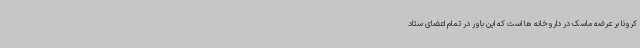
کرونا بر عرضه ماسک در داروخانه ها است که این باور در تمام اعضای ستاد